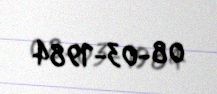
08-03-1984